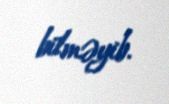
bilməyib.